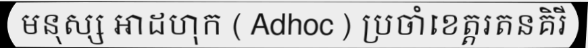
មនុស្ស អាដហុក ( Adhoc ) ប្រចាំខេត្តរតនគិរី